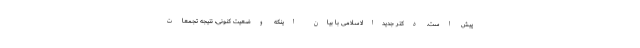
پیش است. دکتر جدیدالاسلامی با بیان اینکه وضعیت کنونی، نتیجه تجمعات